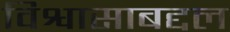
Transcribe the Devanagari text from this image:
विश्वासाबद्दल